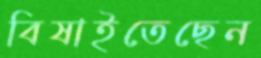
বিষাইতেছেন